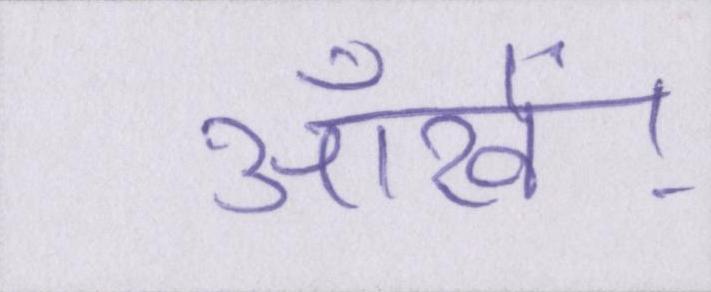
आँखें।